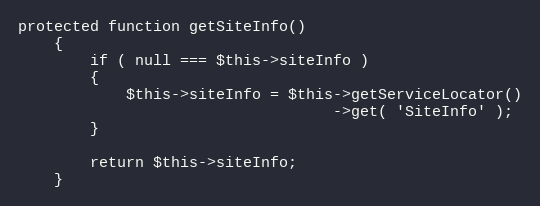
Language: PHP
protected function getSiteInfo()
    {
        if ( null === $this->siteInfo )
        {
            $this->siteInfo = $this->getServiceLocator()
                                   ->get( 'SiteInfo' );
        }

        return $this->siteInfo;
    }